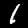
Digit: 1